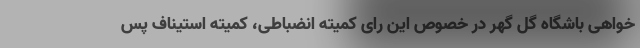
خواهی باشگاه گل گهر در خصوص این رای کمیته انضباطی، کمیته استیناف پس